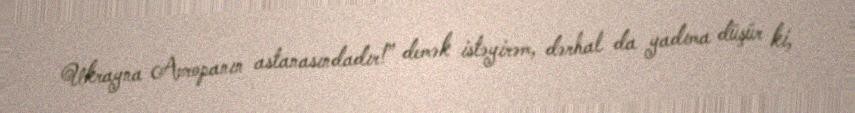
Ukrayna Avropanın astanasındadır!” demək istəyirəm, dərhal da yadıma düşür ki,